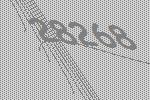
28268